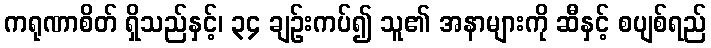
ကရုဏာစိတ် ရှိသည်နှင့်၊ ၃၄ ချဉ်းကပ်၍ သူ၏ အနာများကို ဆီနှင့် စပျစ်ရည်